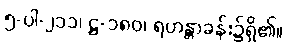
၅-ပါ-၂၁၁၊ ဋ္ဌ-၁၈၀၊ ရဟန္တာခန်း၌ရှိ၏။